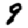
Digit: 9